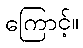
ကြောင့်။